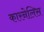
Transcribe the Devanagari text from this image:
कारनेलिस